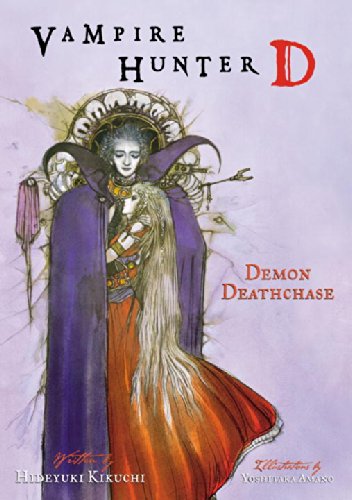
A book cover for Vampire Hunter D, Vol. 3: Demon Deathchase; Hideyuki Kikuchi; Science Fiction & Fantasy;